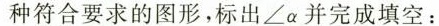
种符合要求的图形，标出∠α并完成填空：